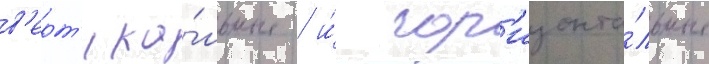
в'ерт'ика́льные / и́ гор'изонта́льные